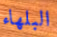
البلهاء